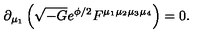
\partial _ { \mu _ { 1 } } \left( \sqrt { - G } e ^ { \phi / 2 } F ^ { \mu _ { 1 } \mu _ { 2 } \mu _ { 3 } \mu _ { 4 } } \right) = 0 .